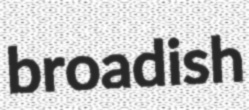
broadish